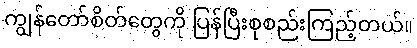
ကျွန်တော်စိတ်တွေကို ပြန်ပြီးစုစည်းကြည့်တယ်။